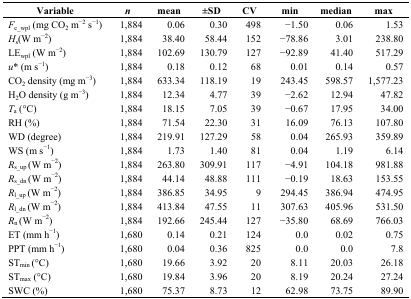
<table><thead><tr><td><b>Variable</b></td><td><b><i>n</i></b></td><td><b>mean</b></td><td><b>±SD</b></td><td><b>CV</b></td><td><b>min</b></td><td><b>median</b></td><td><b>max</b></td></tr></thead><tbody><tr><td><i>F</i><sub>c_wpl</sub> (mg CO<sub>2</sub> m<sup>−2</sup> s<sup>−1</sup>)</td><td>1,884</td><td>0.06</td><td>0.30</td><td>498</td><td>−1.50</td><td>0.06</td><td>1.53</td></tr><tr><td><i>H</i><sub>s</sub>(W m<sup>−2</sup>)</td><td>1,884</td><td>38.40</td><td>58.44</td><td>152</td><td>−78.86</td><td>3.01</td><td>238.80</td></tr><tr><td>LE<sub>wpl</sub> (W m<sup>−2</sup>)</td><td>1,884</td><td>102.69</td><td>130.79</td><td>127</td><td>−92.89</td><td>41.40</td><td>517.29</td></tr><tr><td><i>u</i>* (m s<sup>−1</sup>)</td><td>1,884</td><td>0.18</td><td>0.12</td><td>68</td><td>0.01</td><td>0.14</td><td>0.57</td></tr><tr><td>CO<sub>2</sub> density (mg m<sup>−3</sup>)</td><td>1,884</td><td>633.34</td><td>118.19</td><td>19</td><td>243.45</td><td>598.57</td><td>1,577.23</td></tr><tr><td>H<sub>2</sub>O density (g m<sup>−3</sup>)</td><td>1,884</td><td>12.34</td><td>4.77</td><td>39</td><td>−2.62</td><td>12.94</td><td>47.82</td></tr><tr><td><i>T</i><sub>a</sub> (°C)</td><td>1,884</td><td>18.15</td><td>7.05</td><td>39</td><td>−0.67</td><td>17.95</td><td>34.00</td></tr><tr><td>RH (%)</td><td>1,884</td><td>71.54</td><td>22.30</td><td>31</td><td>16.09</td><td>76.13</td><td>107.80</td></tr><tr><td>WD (degree)</td><td>1,884</td><td>219.91</td><td>127.29</td><td>58</td><td>0.04</td><td>265.93</td><td>359.89</td></tr><tr><td>WS (m s<sup>−1</sup>)</td><td>1,884</td><td>1.73</td><td>1.40</td><td>81</td><td>0.04</td><td>1.19</td><td>6.14</td></tr><tr><td><i>R</i><sub>s_up</sub> (W m<sup>−2</sup>)</td><td>1,884</td><td>263.80</td><td>309.91</td><td>117</td><td>−4.91</td><td>104.18</td><td>981.88</td></tr><tr><td><i>R</i><sub>s_dn</sub> (W m<sup>−2</sup>)</td><td>1,884</td><td>44.14</td><td>48.88</td><td>111</td><td>−0.19</td><td>18.63</td><td>153.55</td></tr><tr><td><i>R</i><sub>l_up</sub> (W m<sup>−2</sup>)</td><td>1,884</td><td>386.85</td><td>34.95</td><td>9</td><td>294.45</td><td>386.94</td><td>474.95</td></tr><tr><td><i>R</i><sub>l_dn</sub> (W m<sup>−2</sup>)</td><td>1,884</td><td>413.84</td><td>47.55</td><td>11</td><td>307.63</td><td>405.96</td><td>531.50</td></tr><tr><td><i>R</i><sub>n</sub> (W m<sup>−2</sup>)</td><td>1,884</td><td>192.66</td><td>245.44</td><td>127</td><td>−35.80</td><td>68.69</td><td>766.03</td></tr><tr><td>ET (mm h<sup>−1</sup>)</td><td>1,680</td><td>0.14</td><td>0.21</td><td>124</td><td>0.0</td><td>0.02</td><td>0.75</td></tr><tr><td>PPT (mm h<sup>−1</sup>)</td><td>1,680</td><td>0.04</td><td>0.36</td><td>825</td><td>0.0</td><td>0.0</td><td>7.8</td></tr><tr><td>ST<sub>min</sub> (°C)</td><td>1,680</td><td>19.66</td><td>3.92</td><td>20</td><td>8.11</td><td>20.03</td><td>26.18</td></tr><tr><td>ST<sub>max</sub> (°C)</td><td>1,680</td><td>19.84</td><td>3.96</td><td>20</td><td>8.19</td><td>20.24</td><td>27.24</td></tr><tr><td>SWC (%)</td><td>1,680</td><td>75.37</td><td>8.73</td><td>12</td><td>62.98</td><td>73.75</td><td>89.90</td></tr></tbody></table>